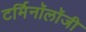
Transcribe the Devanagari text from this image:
टर्मिनॉलॉजी